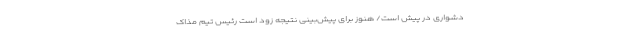
دشواری در پیش است/ هنوز برای پیش‌بینی نتیجه زود است رئیس تیم مذاک